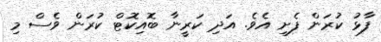
ފާޅު ކުރަން ފެށި އެވެ. އަދި ކަރީނާ ބޮއިކޮޓް ކުރަން ވެސް މި